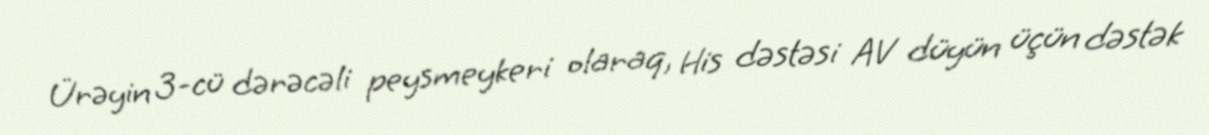
Ürəyin 3-cü dərəcəli peysmeykeri olaraq, His dəstəsi AV düyün üçün dəstək